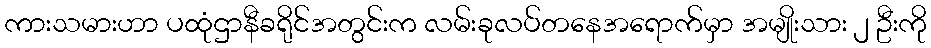
ကားသမားဟာ ပထုံဌာနီခရိုင်အတွင်းက လမ်းခုလပ်တနေအရောက်မှာ အမျိုးသား ၂ ဦးကို